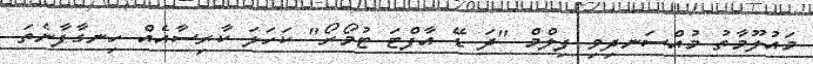
މައުލޫމާތު މުއްސަނދިވި ފިލްމް "ދަ ޑޭ އާފްޓަ ޓުމޯރޯ" ކަހަލަ ކާރިސާއެއް ހިނގާފާނެތަ